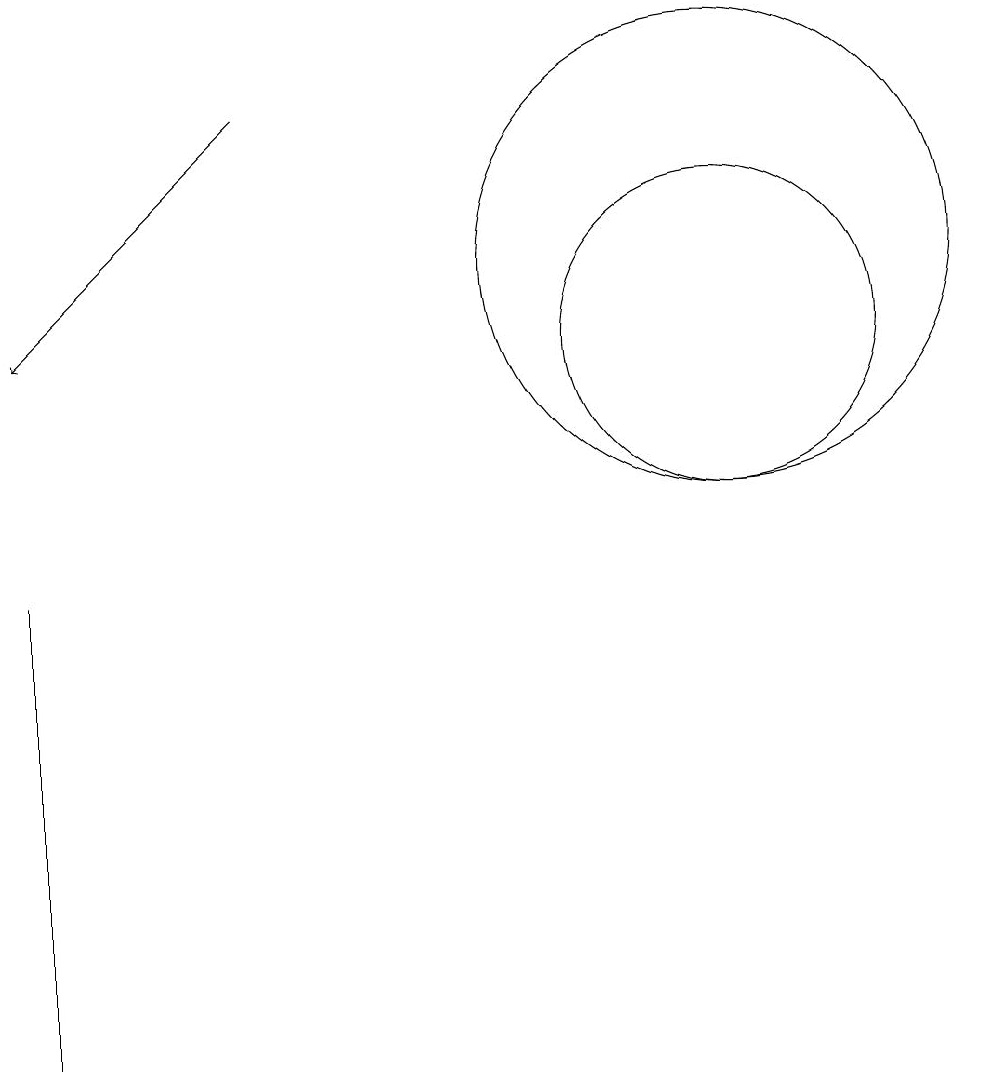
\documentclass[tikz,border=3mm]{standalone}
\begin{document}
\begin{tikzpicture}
\draw (3,1) -- (3,7) -- (3,4) -- cycle;
\draw (12,10) circle (2);
\draw (12,11) circle (3);
\draw[->] (6,13) -- (3,10);
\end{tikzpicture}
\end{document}